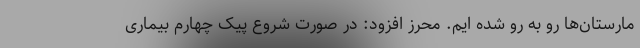
مارستان‌ها رو به رو شده ایم. محرز افزود: در صورت شروع پیک چهارم بیماری